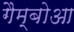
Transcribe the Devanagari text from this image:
गैम्बोआ